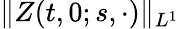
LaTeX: \| Z(t,0;s,\cdot)\| _{L^{1}}